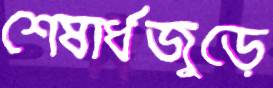
শেষার্ধজুড়ে